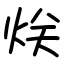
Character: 烪